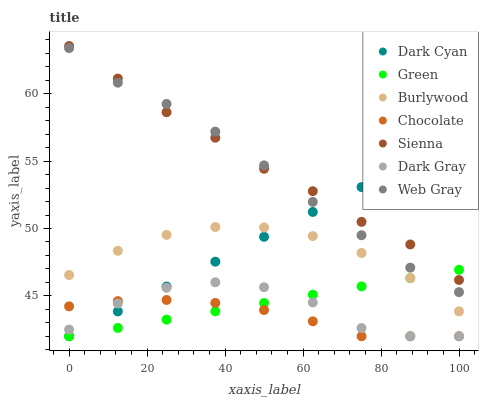
| xaxis_label | Dark Cyan | Green | Burlywood | Chocolate | Sienna | Dark Gray | Web Gray |
 | --- | --- | --- | --- | --- | --- | --- | --- |
 | 0 | 42 | 42 | 46.5 | 44.2 | 63.6 | 42.5 | 63.4 |
 | 12.5 | 43.8 | 42.6 | 48.3 | 44.6 | 61.1 | 44.4 | 60.8 |
 | 25 | 45.7 | 43.2 | 49.5 | 44.7 | 58.6 | 45.6 | 59.2 |
 | 37.5 | 47.5 | 43.9 | 50.1 | 44.5 | 56.7 | 46 | 57.2 |
 | 50 | 49.4 | 44.5 | 50.1 | 43.9 | 54.4 | 45.6 | 54.7 |
 | 62.5 | 51.2 | 45.1 | 49.4 | 43.1 | 52.8 | 44.5 | 52 |
 | 75 | 53.1 | 45.7 | 48.2 | 42 | 50.5 | 42.6 | 49.5 |
 | 87.5 | 54.9 | 46.3 | 46.3 | 42 | 48.8 | 42 | 47.1 |
 | 100 | 56.8 | 46.9 | 43.9 | 42 | 46.2 | 42 | 45.3 |